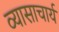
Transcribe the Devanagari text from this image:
व्यासाचार्य